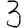
Digit: 3